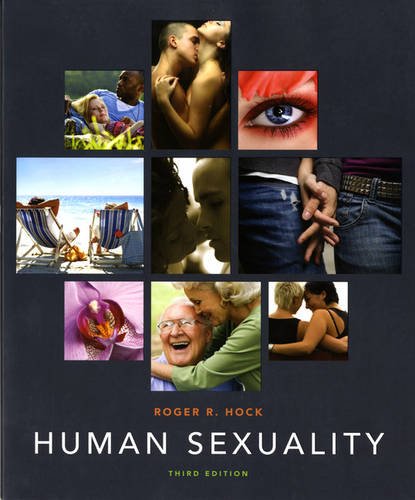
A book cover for Human Sexuality (Paper) (3rd Edition); Roger R. Hock Ph.D.; Medical Books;